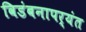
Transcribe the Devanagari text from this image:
विडंबनापर्यंत